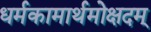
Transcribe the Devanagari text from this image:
धर्मकामार्थमोक्षदम्